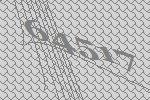
64517